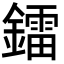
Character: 鐳